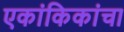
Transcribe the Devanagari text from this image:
एकांकिकांचा